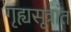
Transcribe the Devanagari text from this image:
गृह्यसूत्रांत